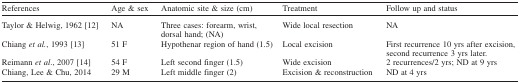
<table><thead><tr><td><b>References</b></td><td><b>Age &amp; sex</b></td><td><b>Anatomic site &amp; size (cm)</b></td><td><b>Treatment</b></td><td><b>Follow up and status</b></td></tr></thead><tbody><tr><td>Taylor &amp; Helwig, 1962 [12]</td><td>NA</td><td>Three cases: forearm, wrist, dorsal hand; (NA)</td><td>Wide local resection</td><td>NA</td></tr><tr><td>Chiang <i>et al.</i>, 1993 [13]</td><td>51 F</td><td>Hypothenar region of hand (1.5)</td><td>Local excision</td><td>First recurrence 10 yrs after excision, second recurrence 3 yrs later.</td></tr><tr><td>Reimann <i>et al</i>., 2007 [14]</td><td>54 F</td><td>Left second finger (1.5)</td><td>Wide excision</td><td>2 recurrences/2 yrs; ND at 9 yrs</td></tr><tr><td>Chiang, Lee &amp; Chu, 2014</td><td>29 M</td><td>Left middle finger (2)</td><td>Excision &amp; reconstruction</td><td>ND at 4 yrs</td></tr></tbody></table>